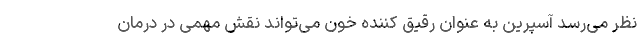
نظر می‌رسد آسپرین به عنوان رقیق کننده خون می‌تواند نقش مهمی در درمان